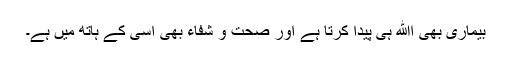
بیماری بھی اﷲ ہی پیدا کرتا ہے اور صحت و شفاء بھی اُسی کے ہاتھ میں ہے۔